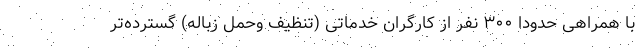
با همراهی حدودا ۳۰۰ نفر از کارگران خدماتی (تنظیف وحمل زباله) گسترده‌تر